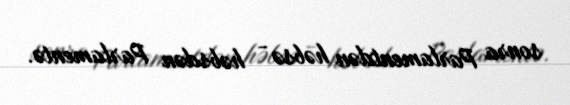
sonra Parlamentdən həbsə - həbsdən Parlamentə.